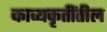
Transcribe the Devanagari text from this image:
काव्यकृतींतील